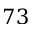
7 3